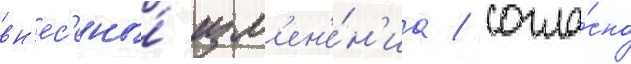
вн'ес'ены́ изм'ен'е́н'иа / согла́сно